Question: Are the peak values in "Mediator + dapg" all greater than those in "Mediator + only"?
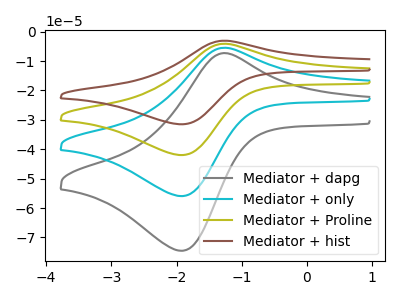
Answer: <think>The gray curve "Mediator + dapg" has an anodic peak at (-1.25V, -7.35uA) and a cathodic peak at (-1.90V, -74.50uA). The cyan curve "Mediator + only" has an anodic peak at (-1.25V, -5.50uA) and a cathodic peak at (-1.90V, -55.95uA). The olive curve "Mediator + Proline" has an anodic peak at (-1.25V, -11.00uA) and a cathodic peak at (-1.90V, -111.85uA). The brown curve "Mediator + hist" has an anodic peak at (-1.25V, -16.50uA) and a cathodic peak at (-1.90V, -167.80uA).</think>
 <answer>The peaks in "Mediator + dapg" are neither all higher or all lower than the peaks in "Mediator + only".</answer>
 <eval>mixed</eval>